Scottish Leaving Certificate Examination, 1956
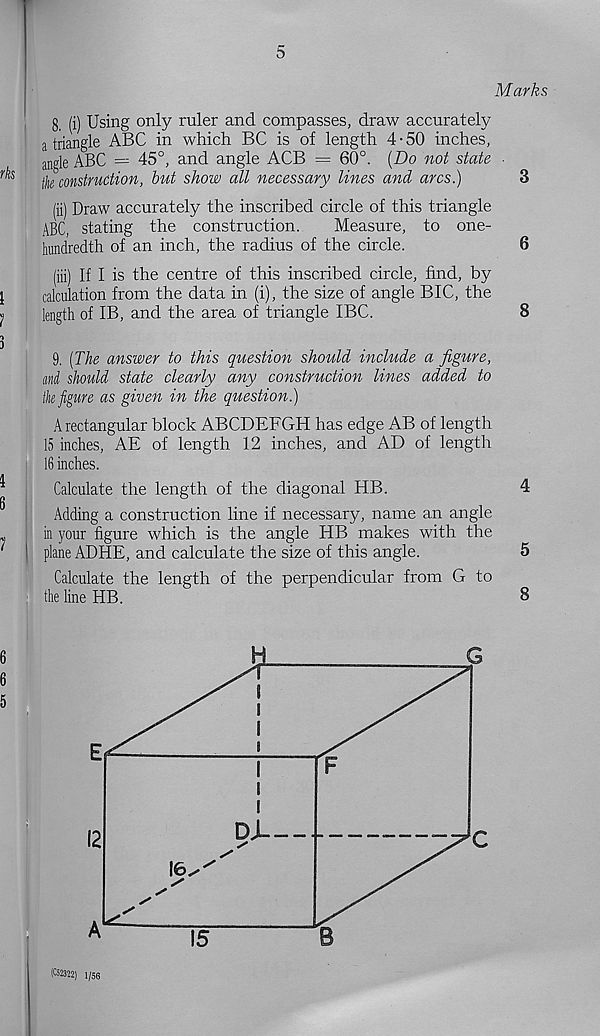
5
Marks
g, (i) Using only ruler and compasses, draw accurately
a triangle ABC in which BC is of length 4 • 50 inches,
angle ABC = 45°, and angle ACB = 60°. [Do not state ■
tk construction, but show all necessary lines and arcs.)
3
(ii) Draw accurately the inscribed circle of this triangle
ABC, stating the construction.
Measure, to one-
hundredth of an inch, the radius of the circle.
6
(iii) If I is the centre of this inscribed circle, find, by
1
calculation from the data in (i), the size of angle BIC, the
^
length of IB, and the area of triangle IBC.
8
r »
3
9. [The answer to this question should include a figure,
and should state clearly any construction lines added to
tk figure as given in the question.)
A rectangular block ABCDEFGH has edge AB of length
15 inches, AE of length 12 inches, and AD of length
16 inches.
Calculate the length of the diagonal HB.
4
Adding a construction line if necessary, name an angle
„
in your figure which is the angle HB makes with the
'
plane ADHE, and calculate the size of this angle.
5
Calculate the length of the perpendicular from G to
the line HB.
8
(C52322) 1/56